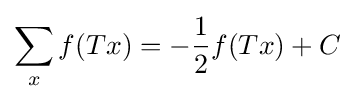
\sum _{x}f(Tx)=-{\frac {1}{2}}f(Tx)+C